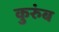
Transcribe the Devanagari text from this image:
कुरुंब